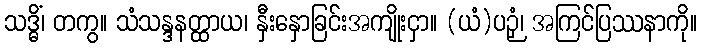
သဒ္ဓိံ၊ တကွ။ သံသန္ဒနတ္ထာယ၊ နှီးနှောခြင်းအကျိုးငှာ။ (ယံ)ပဉှံ၊ အကြင်ပြဿနာကို။